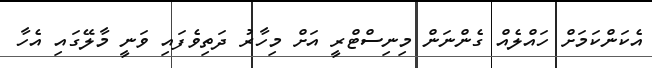
އެކަންކަމަށް ހައްލެއް ގެންނަން މިނިސްޓްރީ އަށް މިހާރު ދަތިވެފައި ވަނީ މާލޭގައި އެހާ